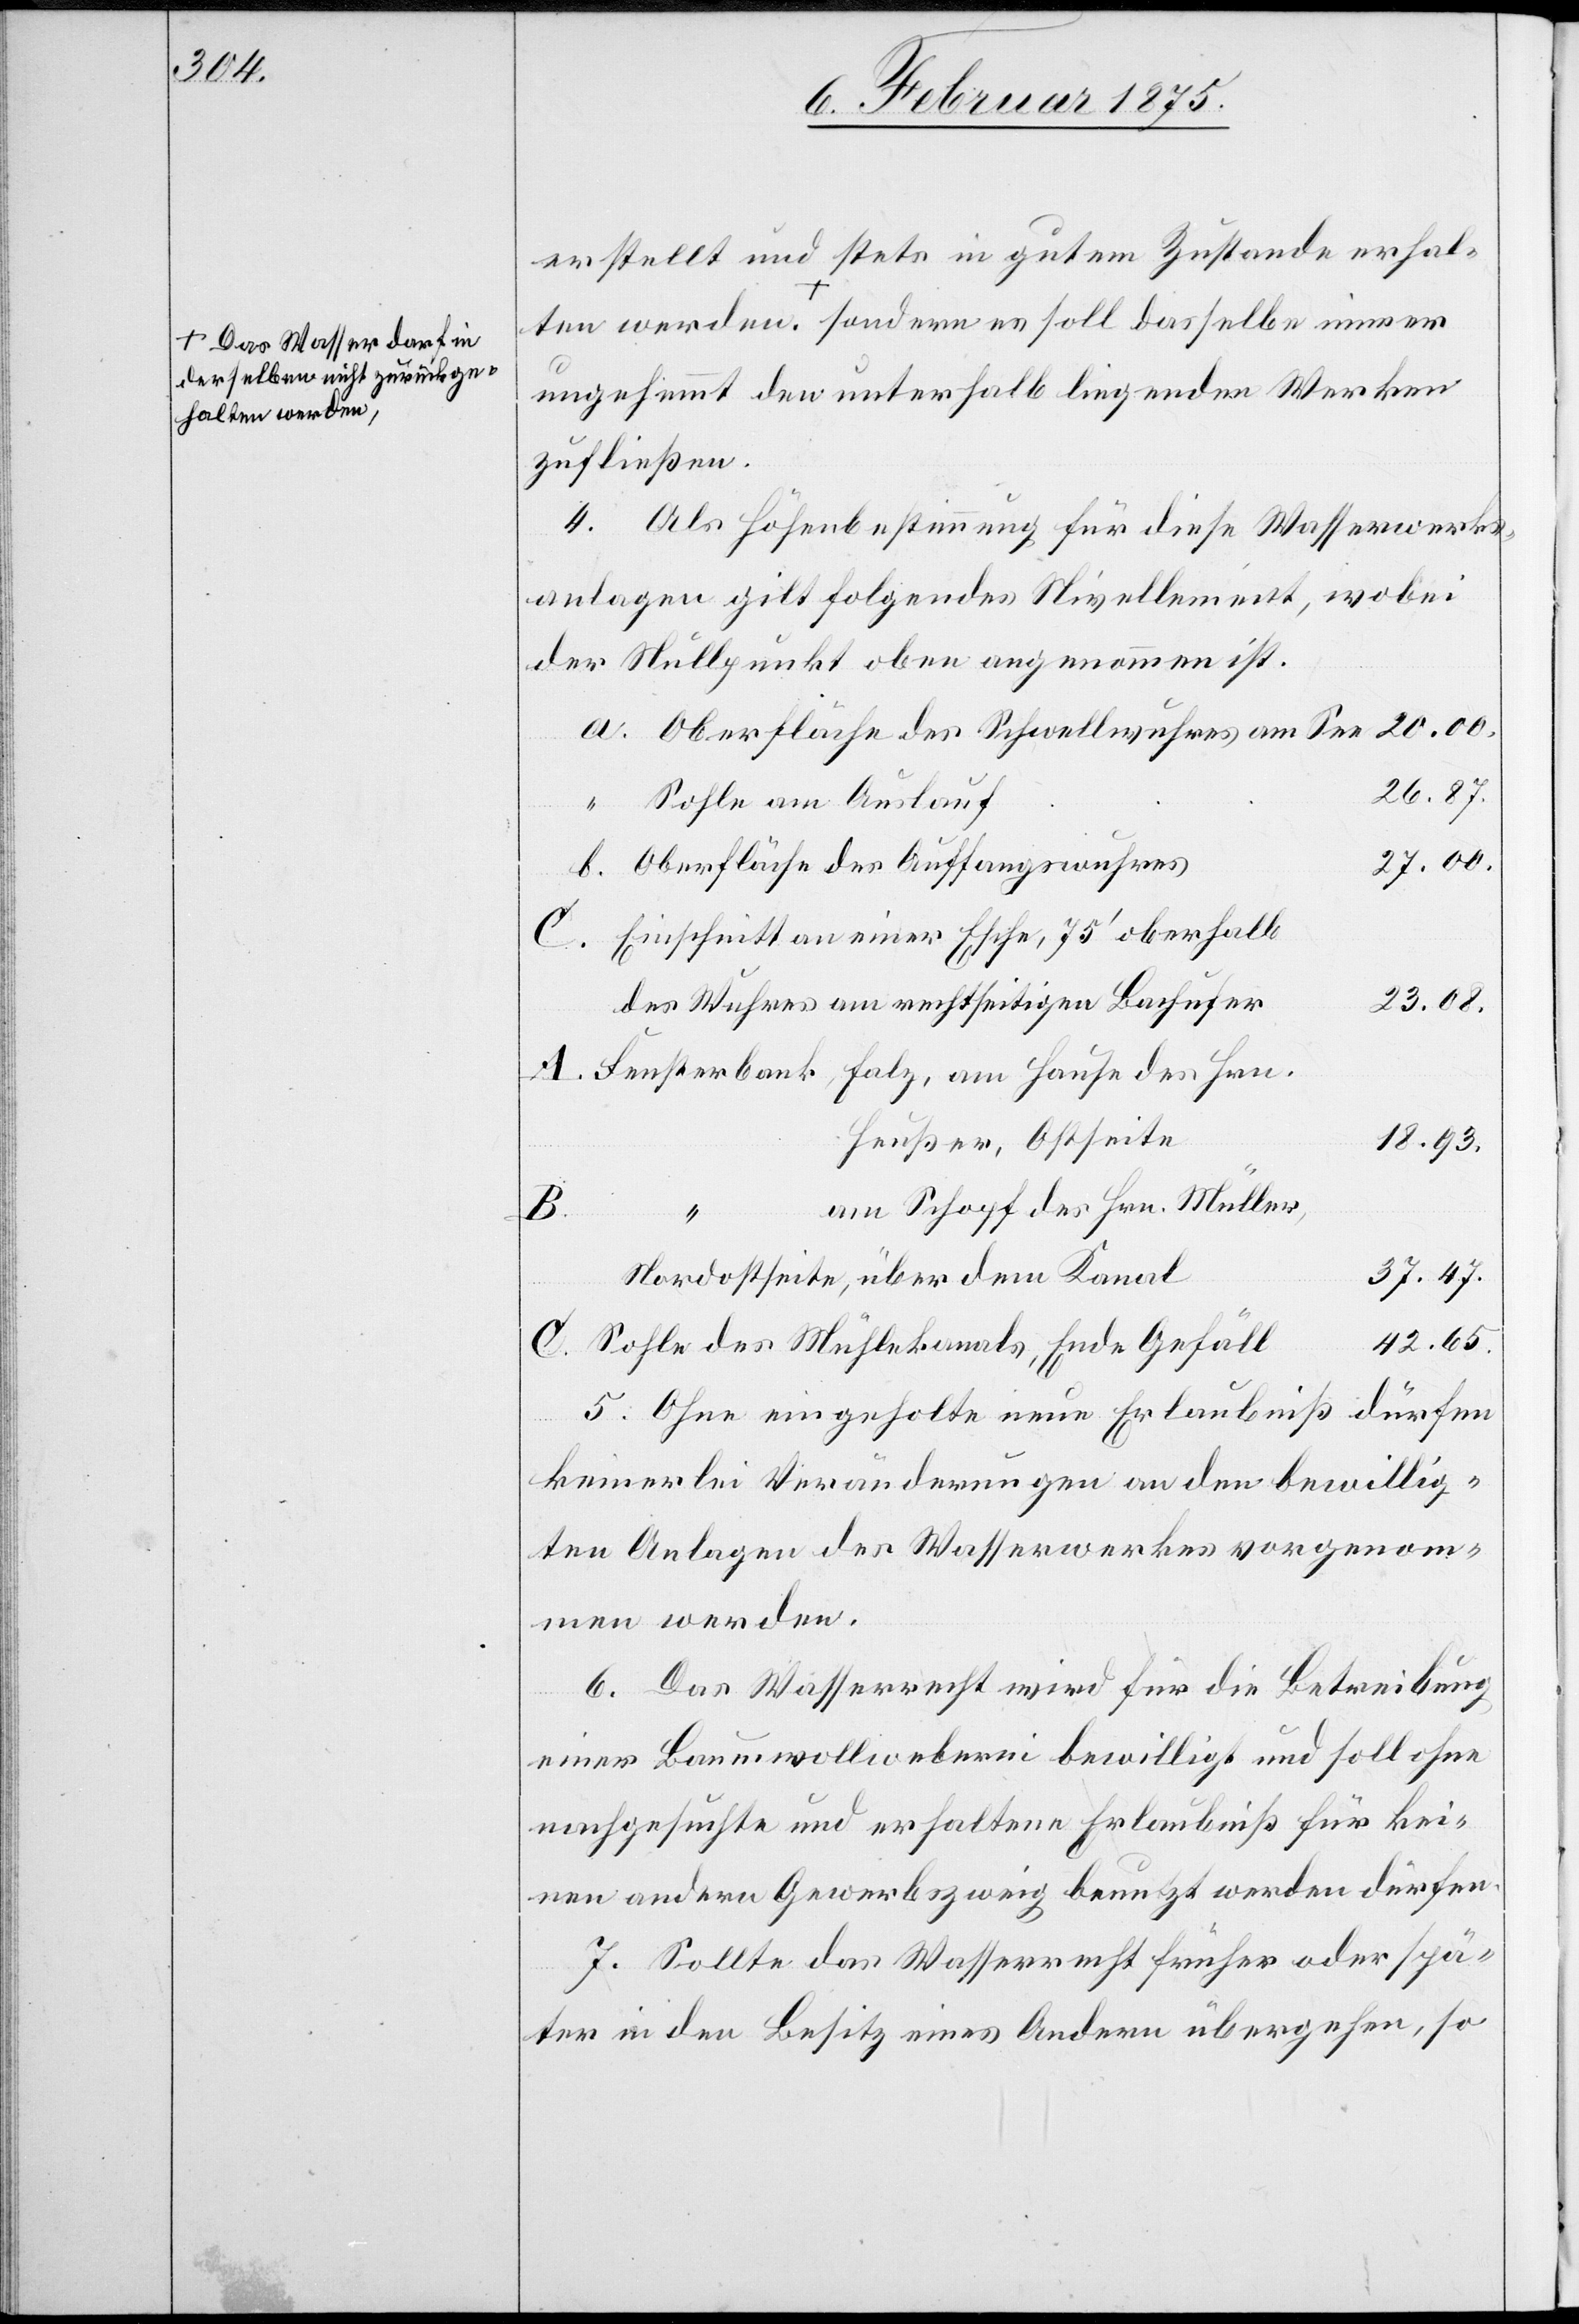
a-Das Wasser darf in
derselben nicht zurückge¬

erstellt und stets in gutem Zustande erhal¬
ten werden,-a sondern es soll dasselbe immer
C.
ungehemmt den unterhalb liegenden Werken
zufließen.
4. Als Höhenbestimmung für diese Wasserwerks¬
wobei
anlagen gilt folgendes Nivellement,
der Nullpunkt oben angenommen ist.
Oberfläche des Schwellwuhres am See
26.87.
Sohle am Auslauf
27.00.
Oberfläche des Auffangswuhres
Einschnitt an einer Esche, 75‘ oberhalb
23.08.
des Wuhres am rechtseitigen Bachufer
Fensterbank, Falz, am Hause des Hrn.
Heußer, Ostseite
18.93.
am Schopf des Hrn. Müller,
37.47.
Nordostseite, über dem Kanal
42.65.
Sohle des Mühlekanals, Ende Gefäll
dürfen
5. Ohne eingeholte neue Erlaubnis
a.
keinerlei Veränderungen an den bewillig¬
ten Anlagen des Wasserwerkes vorgenom¬
men werden.
6. Das Wasserrecht wird für die Betreibung
einer Baumwollweberei bewilligt und soll ohne
nachgesuchte und erhaltene Erlaubniß für kei¬
nen andern Gewerbszweig benutzt werden dürfen.
7. Sollte das Wasserrecht früher oder spä¬
ter in den Besitz eines Andern übergehen, so